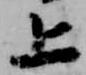
上